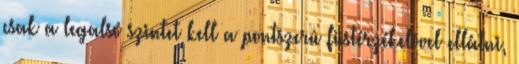
csak a legalsó szintet kell a pontszerû füstérzékelõvel ellátni,